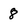
Character: 8